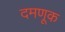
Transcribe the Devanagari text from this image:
दमणूक